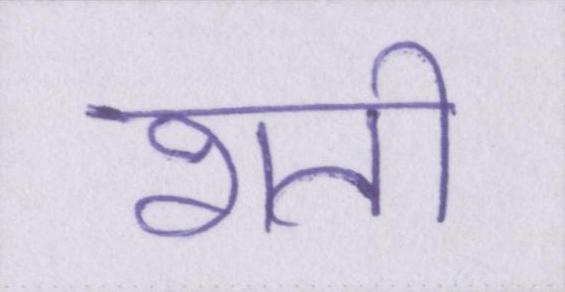
शती